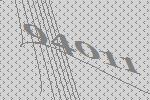
94011